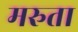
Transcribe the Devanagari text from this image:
मरुता